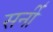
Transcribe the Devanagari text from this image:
सर्नी